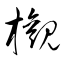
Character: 欟